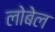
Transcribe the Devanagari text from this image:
लोबेल